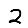
Digit: 2